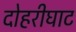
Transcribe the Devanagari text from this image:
दोहरीघाट